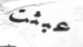
عبثت